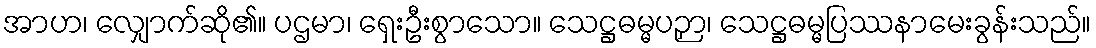
အာဟ၊ လျှောက်ဆို၏။ ပဌမာ၊ ရှေးဦးစွာသော။ သေဋ္ဌဓမ္မပဉှာ၊ သေဋ္ဌဓမ္မပြဿနာမေးခွန်းသည်။